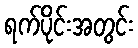
ရက်ပိုင်းအတွင်း